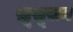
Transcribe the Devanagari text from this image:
ख़ूसूसन